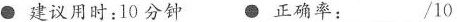
●建议用时:10分钟 ●正确率:___/10